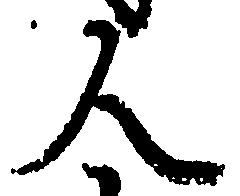
人